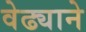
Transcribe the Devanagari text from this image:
वेढ्याने